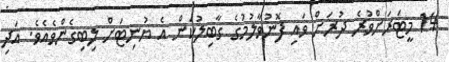
14 މީޓަރަށްވުރެ ދުރަށް ވައި ފޮނުވާލުމުގެ ގާބިލުކަން އެ ޔުނިޓަށް ލިބިގެންވެއެވެ. އަދި